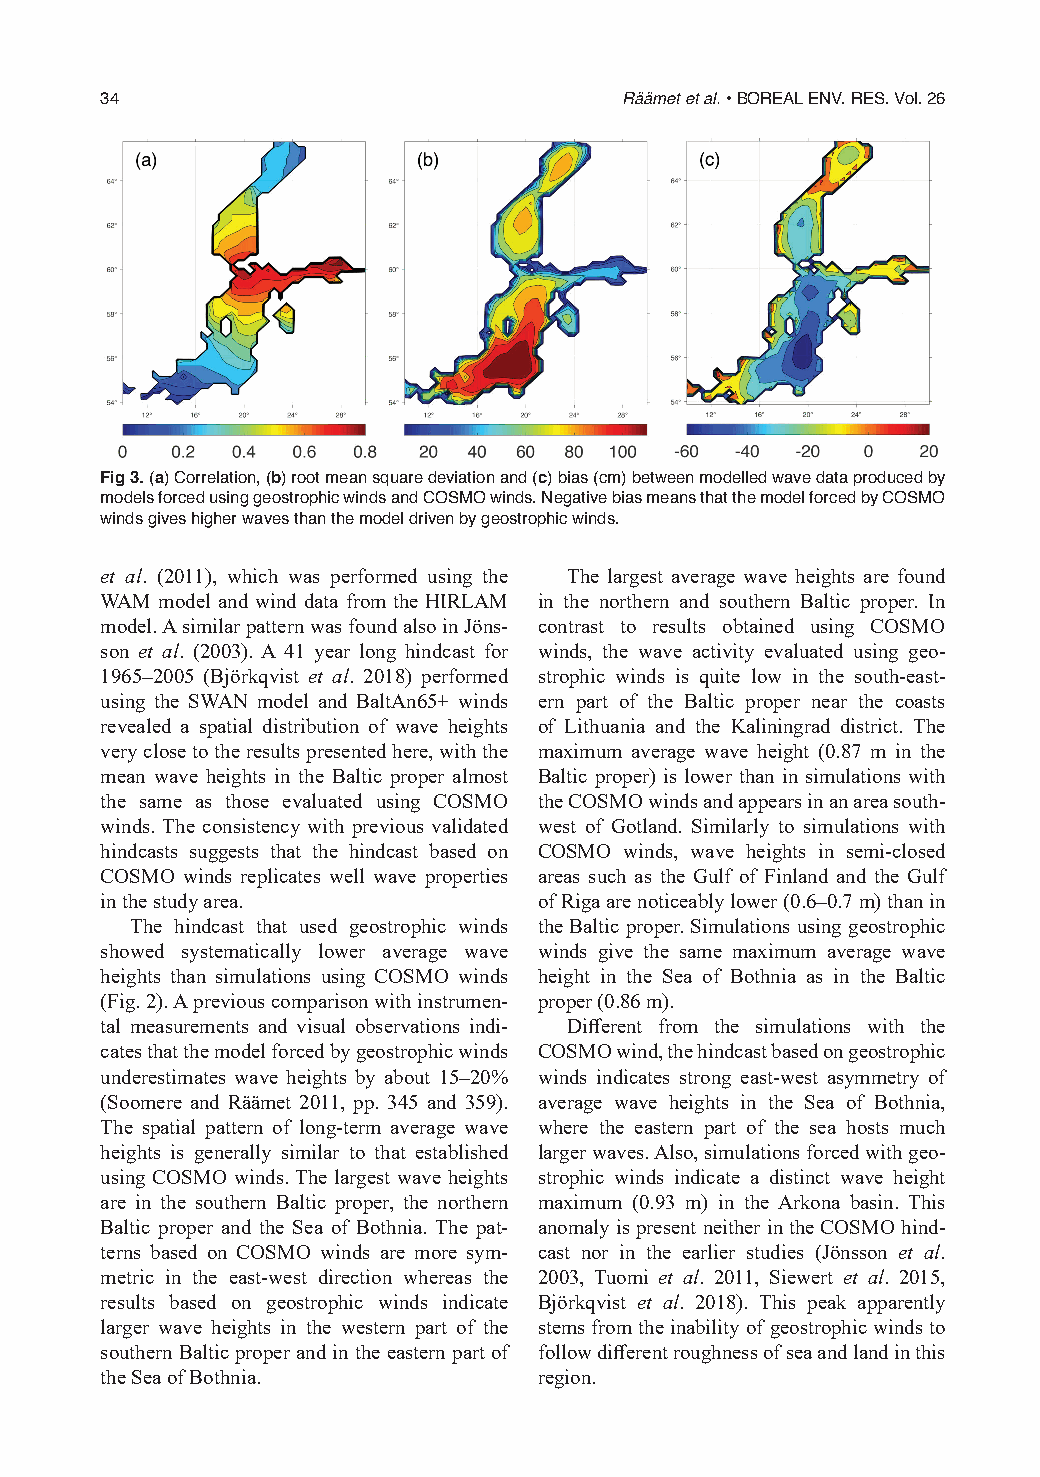
34                                Räämet et al. • BOREAL ENV. RES. Vol. 26
 Fig 3. (a) Correlation, (b) root mean square deviation and (c) bias (cm) between modelled wave data produced by
 models forced using geostrophic winds and COSMO winds. Negative bias means that the model forced by COSMO
 winds gives higher waves than the model driven by geostrophic winds.
 et al. (2011), which was performed using the The largest average wave heights are found
 WAM model and wind data from the HIRLAM in the northern and southern Baltic proper. In
 model. A similar pattern was found also in Jöns- contrast to results obtained using COSMO
 son et al. (2003). A 41 year long hindcast for winds, the wave activity evaluated using geo-
 1965–2005 (Björkqvist et al. 2018) performed strophic winds is quite low in the south-east-
 using the SWAN model and BaltAn65+ winds ern part of the Baltic proper near the coasts
 revealed a spatial distribution of wave heights of Lithuania and the Kaliningrad district. The
 very close to the results presented here, with the maximum average wave height (0.87 m in the
 mean wave heights in the Baltic proper almost Baltic proper) is lower than in simulations with
 the same as those evaluated using COSMO the COSMO winds and appears in an area south-
 winds. The consistency with previous validated west of Gotland. Similarly to simulations with
 hindcasts suggests that the hindcast based on COSMO winds, wave heights in semi-closed
 COSMO winds replicates well wave properties areas such as the Gulf of Finland and the Gulf
 in the study area.           of Riga are noticeably lower (0.6–0.7 m) than in
 The hindcast that used geostrophic winds the Baltic proper. Simulations using geostrophic
 showed systematically lower average wave winds give the same maximum average wave
 heights than simulations using COSMO winds height in the Sea of Bothnia as in the Baltic
 (Fig. 2). A previous comparison with instrumen- proper (0.86 m).
 tal measurements and visual observations indi- Different from the simulations with the
 cates that the model forced by geostrophic winds COSMO wind, the hindcast based on geostrophic
 underestimates wave heights by about 15–20% winds indicates strong east-west asymmetry of
 (Soomere and Räämet 2011, pp. 345 and 359). average wave heights in the Sea of Bothnia,
 The spatial pattern of long-term average wave where the eastern part of the sea hosts much
 heights is generally similar to that established larger waves. Also, simulations forced with geo-
 using COSMO winds. The largest wave heights strophic winds indicate a distinct wave height
 are in the southern Baltic proper, the northern maximum (0.93 m) in the Arkona basin. This
 Baltic proper and the Sea of Bothnia. The pat- anomaly is present neither in the COSMO hind-
 terns based on COSMO winds are more sym- cast nor in the earlier studies (Jönsson et al.
 metric in the east-west direction whereas the 2003, Tuomi et al. 2011, Siewert et al. 2015,
 results based on geostrophic winds indicate Björkqvist et al. 2018). This peak apparently
 larger wave heights in the western part of the stems from the inability of geostrophic winds to
 southern Baltic proper and in the eastern part of follow different roughness of sea and land in this
 the Sea of Bothnia.          region.